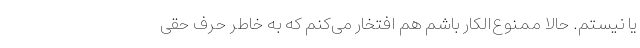
یا نیستم. حالا ممنوع‌الکار باشم هم افتخار می‌کنم که به خاطر حرف حقی